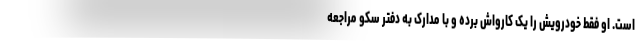
است. او فقط خودرویش را یک کارواش برده و با مدارک به دفتر سکو مراجعه